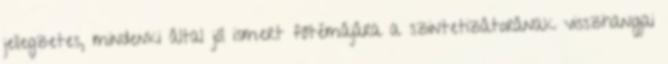
jellegzetes, mindenki által jól ismert főtémájára a szintetizátorának visszhangjai